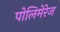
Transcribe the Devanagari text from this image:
पोलिमेरेज